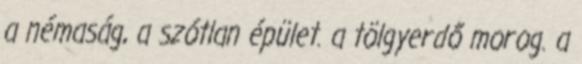
a némaság, a szótlan épület. a tölgyerdő morog. a